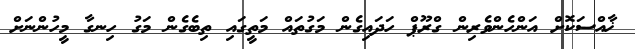
ޚާއްސަކޮށް އަންހެންވެރިން ގްރޫޕް ހަދައިގެން މަގުތައް މަތީގައި ތިބެގެން މަގު ހިނގާ މީހުންނަށް